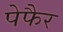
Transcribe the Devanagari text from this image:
पेफैर